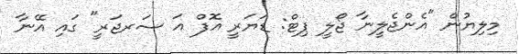
މިލިޔުން "އެންޖެލީނާ ޖޯލީ ޕިޓް: ޑަޔަރީ އޮފް އަ ސަރޖަރީ" ގައި އޭނާ